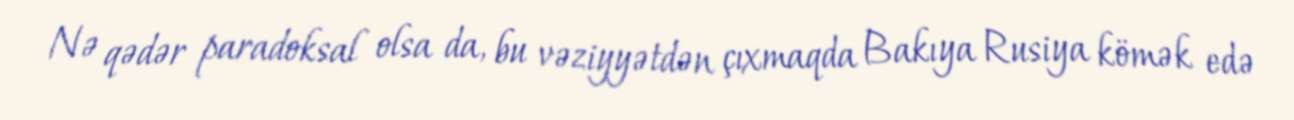
Nə qədər paradoksal olsa da, bu vəziyyətdən çıxmaqda Bakıya Rusiya kömək edə